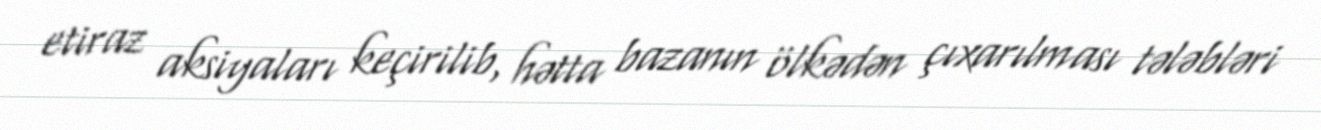
etiraz aksiyaları keçirilib, hətta bazanın ölkədən çıxarılması tələbləri